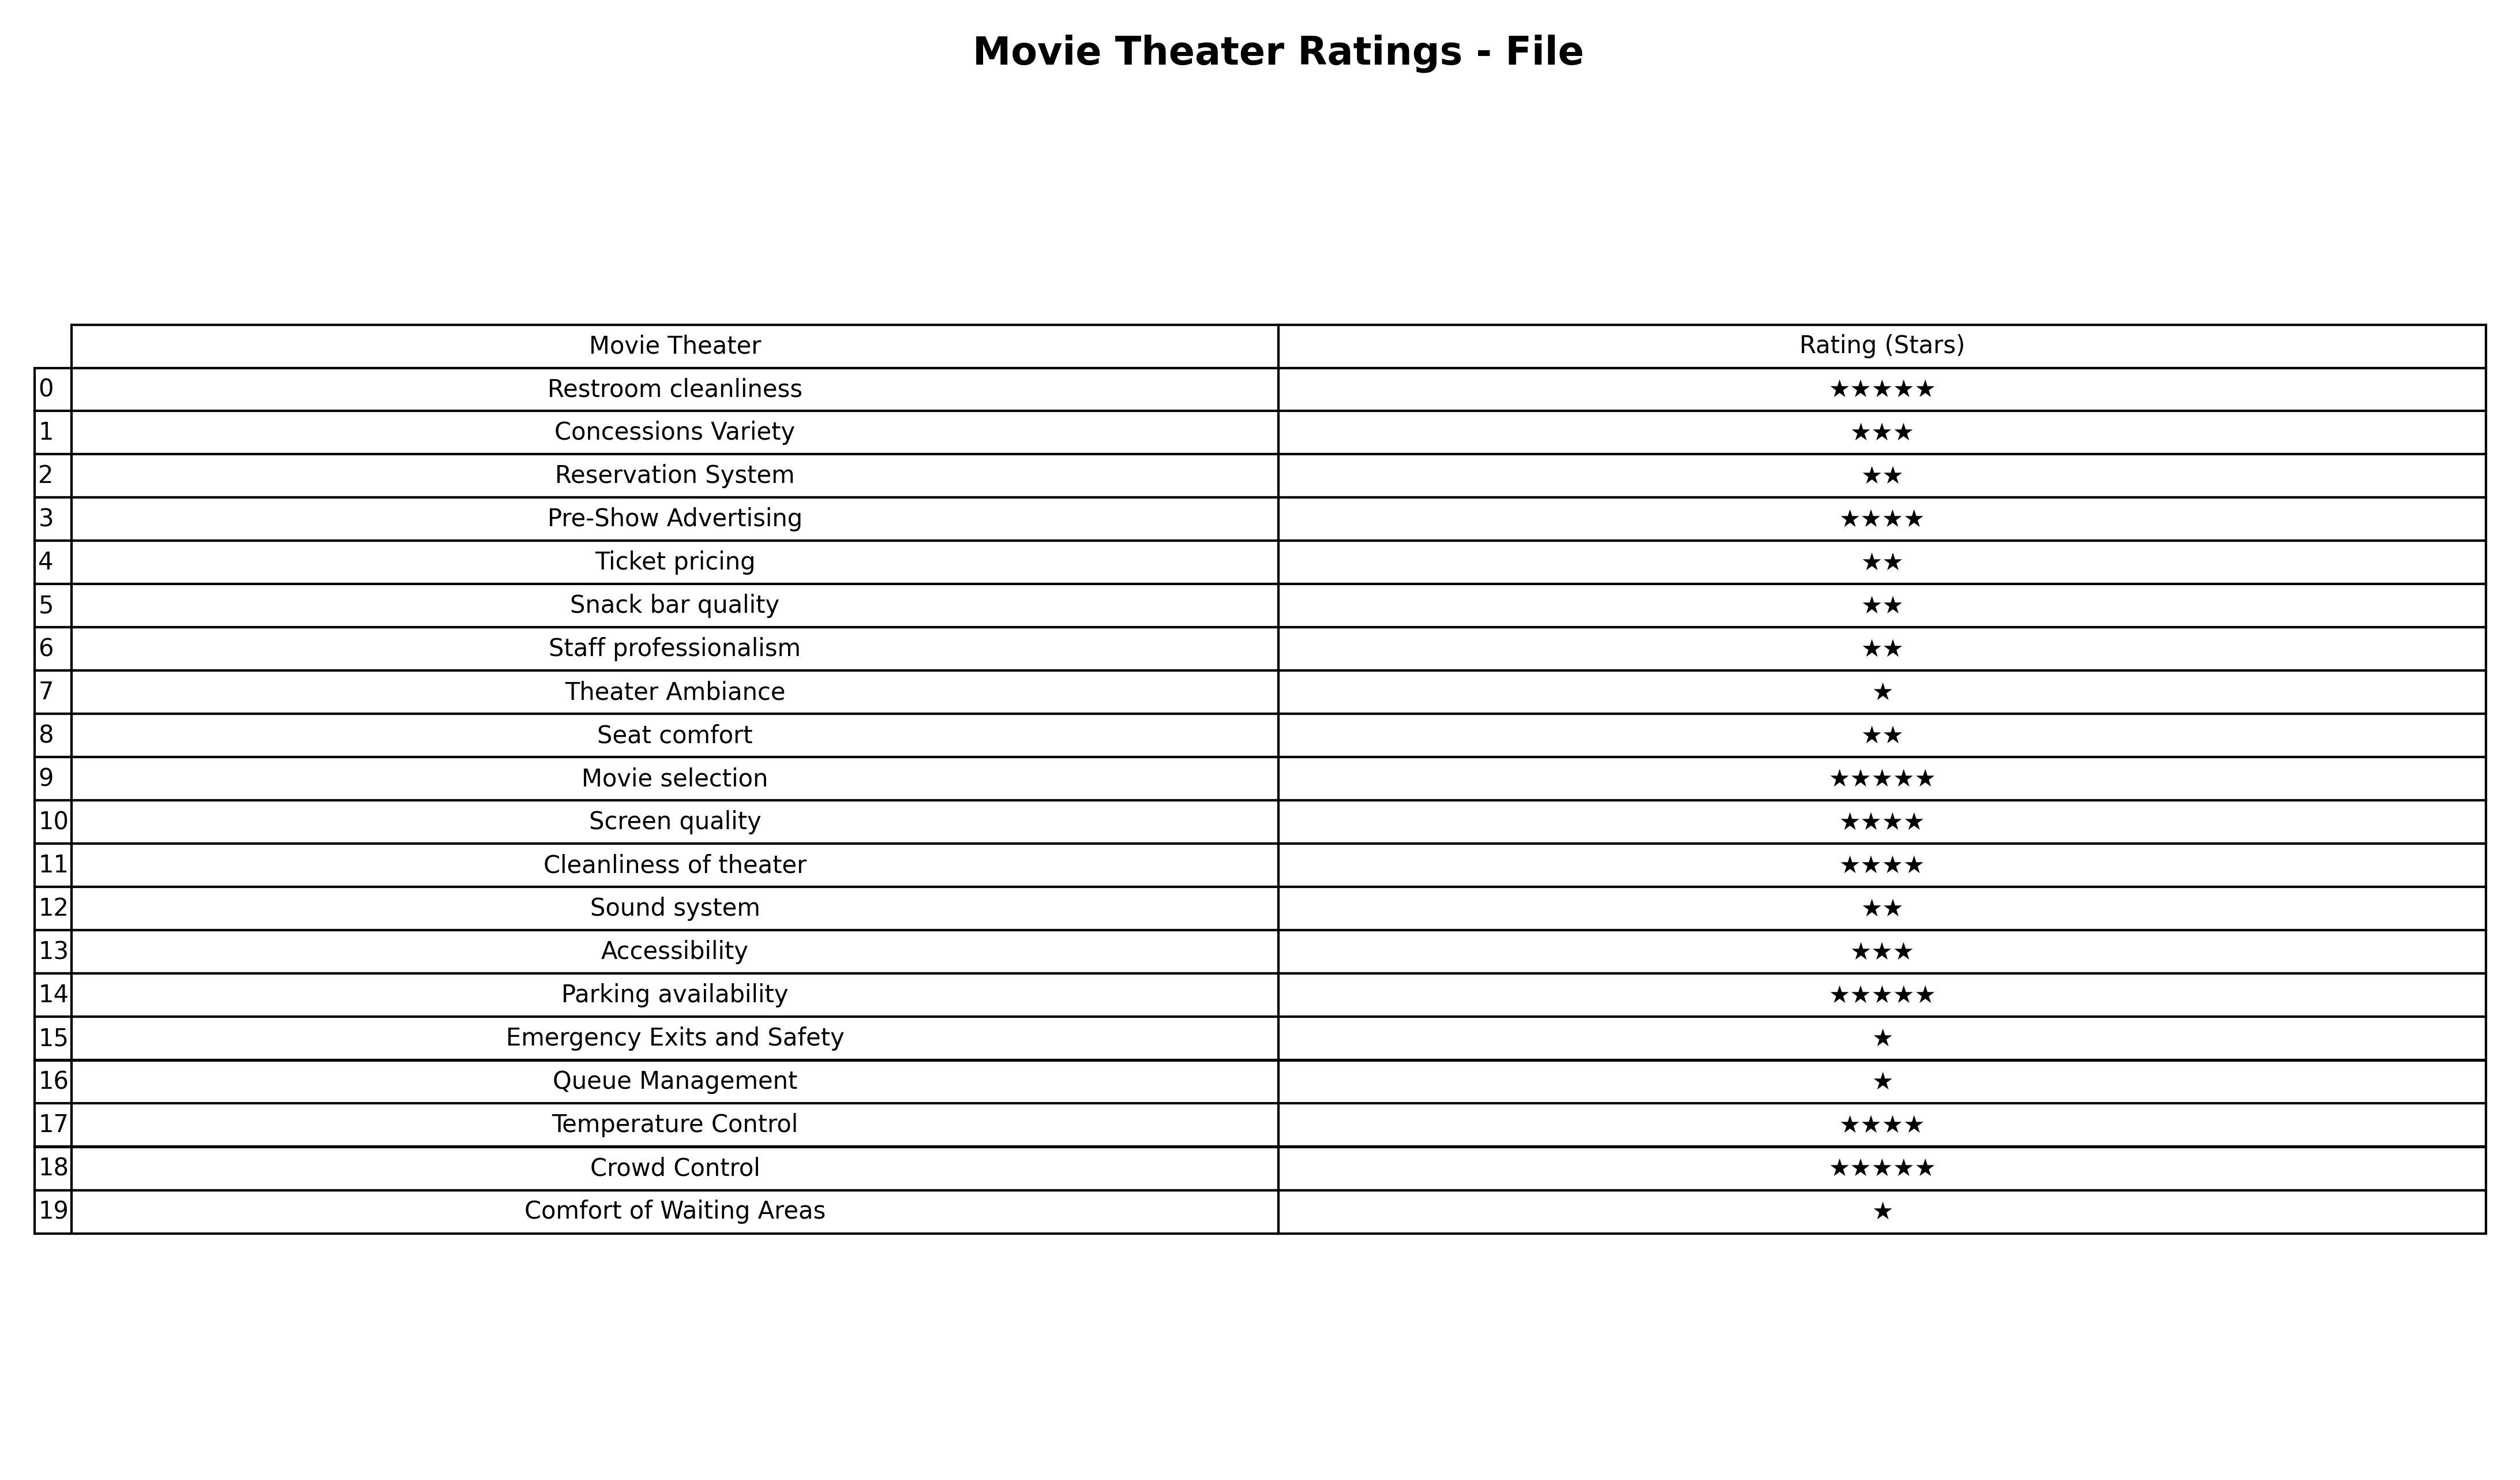
question: What is the rating of Staff professionalism?
answer: ★★